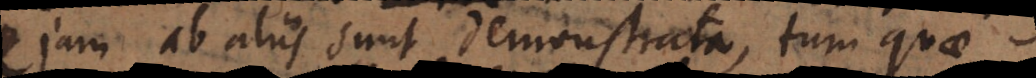
jam ab aliis sunt demonstrata, tum quae